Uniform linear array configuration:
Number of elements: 12
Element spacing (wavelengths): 0.75
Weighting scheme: kaiser
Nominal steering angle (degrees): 45
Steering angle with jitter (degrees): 43.068
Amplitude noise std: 0.05
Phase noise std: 0.05

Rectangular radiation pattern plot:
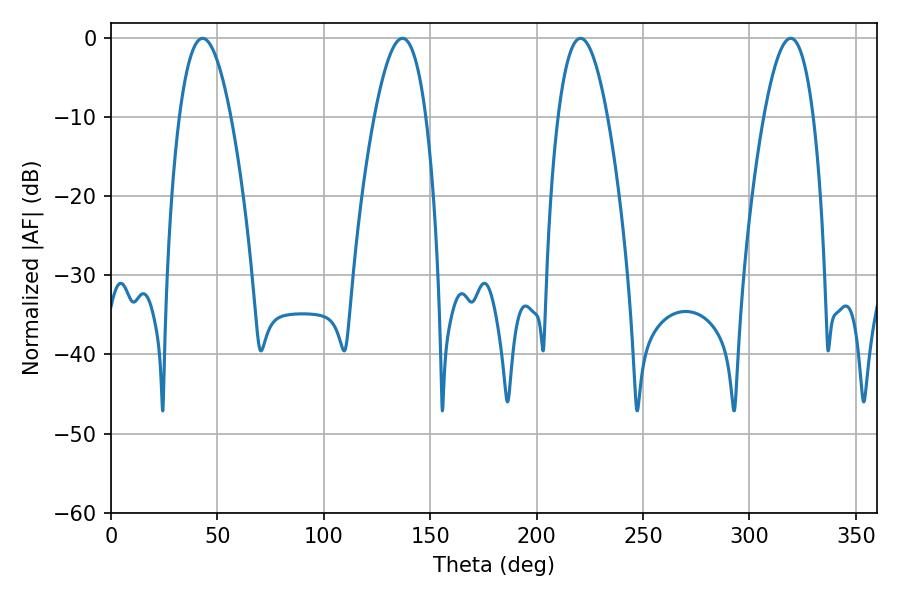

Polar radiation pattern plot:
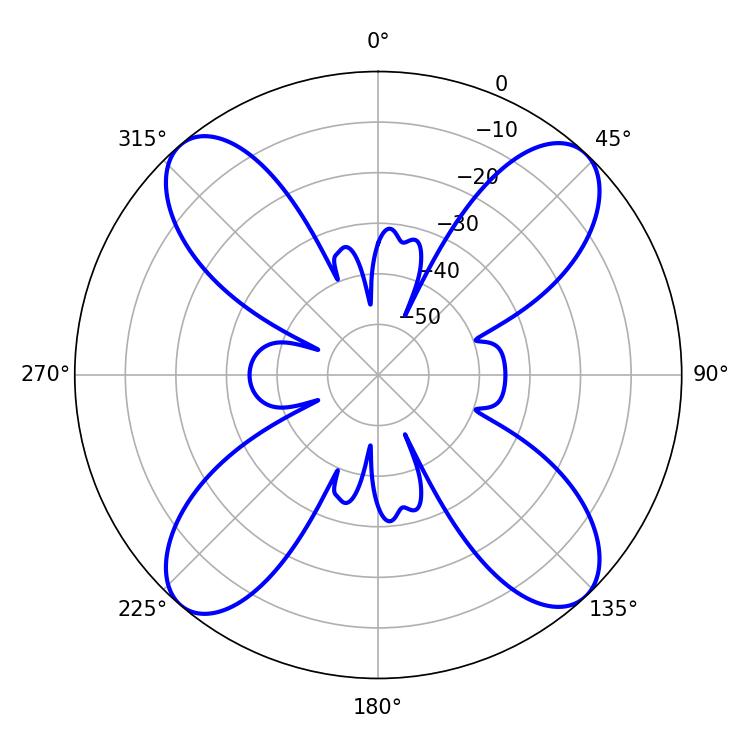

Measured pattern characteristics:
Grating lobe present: TRUE
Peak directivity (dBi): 18.422
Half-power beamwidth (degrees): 13.32
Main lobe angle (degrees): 43.02